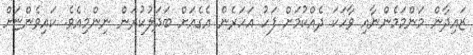
ޒައިދާން މަންމަމެންނާއި ވާހަކަ ދެއްކުމަށް ފަހު އަހަރެން އެގެއަށް ބަދަލުކުރަން ނިންމިއެވެ. ކައިވެންޏަށް